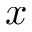
x